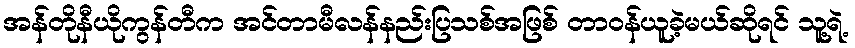
အန်တိုနီယိုကွန်တီက အင်တာမီလန်နည်းပြသစ်အဖြစ် တာဝန်ယူခဲ့မယ်ဆိုရင် သူ့ရဲ့